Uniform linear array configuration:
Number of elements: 48
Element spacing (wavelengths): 0.25
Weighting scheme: hamming
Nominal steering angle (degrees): -60
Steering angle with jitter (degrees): -61.613
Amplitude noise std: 0.05
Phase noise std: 0.05

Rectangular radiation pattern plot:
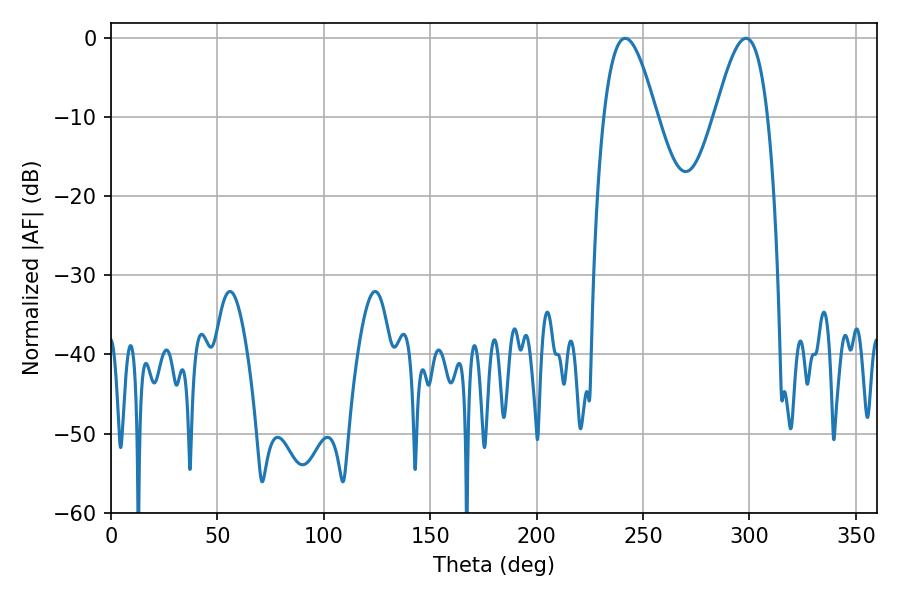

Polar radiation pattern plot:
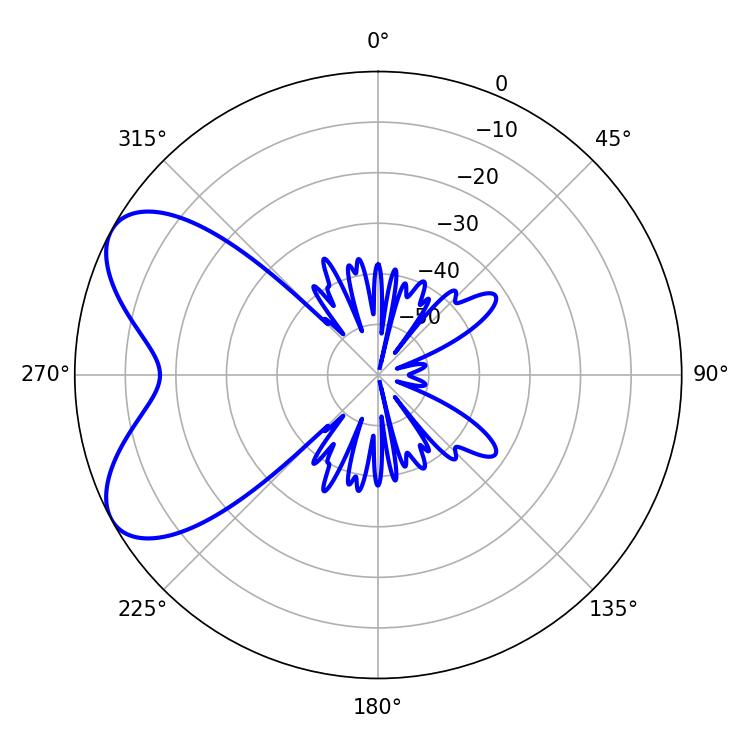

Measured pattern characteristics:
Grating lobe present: FALSE
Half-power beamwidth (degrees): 13.5
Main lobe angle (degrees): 241.56